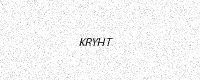
Text: KRYHT